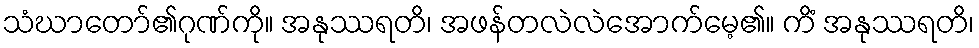
သံဃာတော်၏ဂုဏ်ကို။ အနုဿရတိ၊ အဖန်တလဲလဲအောက်မေ့၏။ ကိံ အနုဿရတိ၊